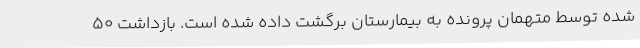
شده توسط متهمان پرونده به بیمارستان برگشت داده شده است. بازداشت 50